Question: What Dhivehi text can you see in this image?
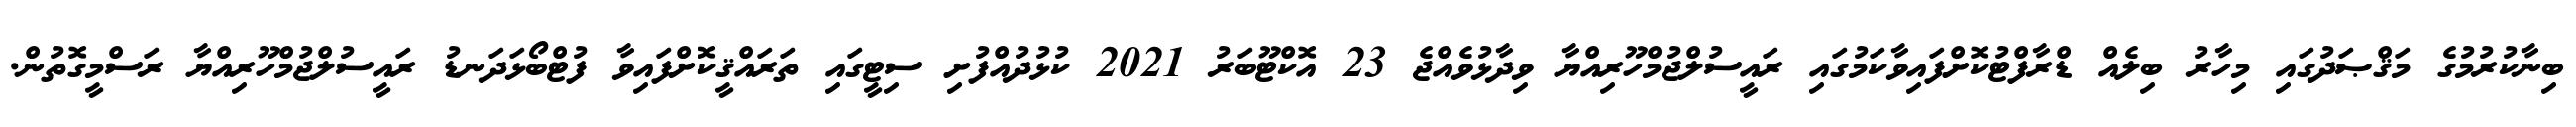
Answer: ބިނާކުރުމުގެ މަޤްޞަދުގައި މިހާރު ބިލެއް ޑްރާފްޓުކޮށްފައިވާކަމުގައި ރައީސުލްޖުމްހޫރިއްޔާ ވިދާޅުވެއްޖެ 23 އޮކްޓޫބަރު 2021 ކުޅުދުއްފުށި ސިޓީގައި ތަރައްޤީކޮށްފައިވާ ފުޓްބޯޅަދަނޑު ރައީސުލްޖުމްހޫރިއްޔާ ރަސްމީގޮތުން.